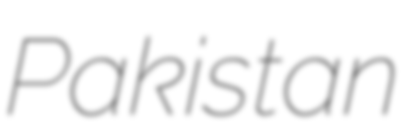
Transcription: Pakistan